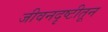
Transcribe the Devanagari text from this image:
जीवनदृष्टीतून